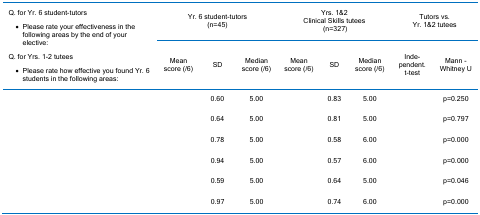
<table><thead><tr><td rowspan="2"><b>Q. for Yr. 6 student-tutors - Please rate your effectiveness in the following areas by the end of your elective:Q. for Yrs. 1-2 tutees - Please rate how effective you found Yr. 6 students in the following areas: </b></td><td colspan="3"><b>Yr. 6 student-tutors(n=45)</b></td><td colspan="3"><b>Yrs. 1&amp;2 Clinical Skills tutees(n=327)</b></td><td colspan="2"><b>Tutors vs. Yr. 1&amp;2 tutees </b></td></tr><tr><td><b>Mean score (/6)</b></td><td><b>SD</b></td><td><b>Median score (/6)</b></td><td><b>Mean score (/6)</b></td><td><b>SD</b></td><td><b>Median score (/6)</b></td><td><b>Independent t-test</b></td><td><b>Mann - Whitney U</b></td></tr></thead><tbody><tr><td>[EMPTY_CELL]</td><td>[EMPTY_CELL]</td><td>0.60</td><td>5.00</td><td>[EMPTY_CELL]</td><td>0.83</td><td>5.00</td><td>[EMPTY_CELL]</td><td>p=0.250</td></tr><tr><td>[EMPTY_CELL]</td><td>[EMPTY_CELL]</td><td>0.64</td><td>5.00</td><td>[EMPTY_CELL]</td><td>0.81</td><td>5.00</td><td>[EMPTY_CELL]</td><td>p=0.797</td></tr><tr><td>[EMPTY_CELL]</td><td>[EMPTY_CELL]</td><td>0.78</td><td>5.00</td><td>[EMPTY_CELL]</td><td>0.58</td><td>6.00</td><td>[EMPTY_CELL]</td><td>p=0.000</td></tr><tr><td>[EMPTY_CELL]</td><td>[EMPTY_CELL]</td><td>0.94</td><td>5.00</td><td>[EMPTY_CELL]</td><td>0.57</td><td>6.00</td><td>[EMPTY_CELL]</td><td>p=0.000</td></tr><tr><td>[EMPTY_CELL]</td><td>[EMPTY_CELL]</td><td>0.59</td><td>5.00</td><td>[EMPTY_CELL]</td><td>0.64</td><td>5.00</td><td>[EMPTY_CELL]</td><td>p=0.046</td></tr><tr><td>[EMPTY_CELL]</td><td>[EMPTY_CELL]</td><td>0.97</td><td>5.00</td><td>[EMPTY_CELL]</td><td>0.74</td><td>6.00</td><td>[EMPTY_CELL]</td><td>p=0.000</td></tr></tbody></table>